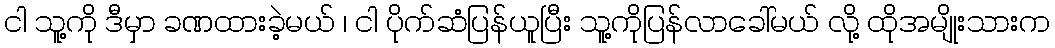
ငါ သူ့ကို ဒီမှာ ခဏထားခဲ့မယ် ၊ ငါ ပိုက်ဆံပြန်ယူပြီး သူ့ကိုပြန်လာခေါ်မယ် လို့ ထိုအမျိုးသားက